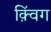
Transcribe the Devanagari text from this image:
क़्विंग